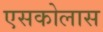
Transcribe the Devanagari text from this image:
एसकोलास